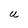
Character: U